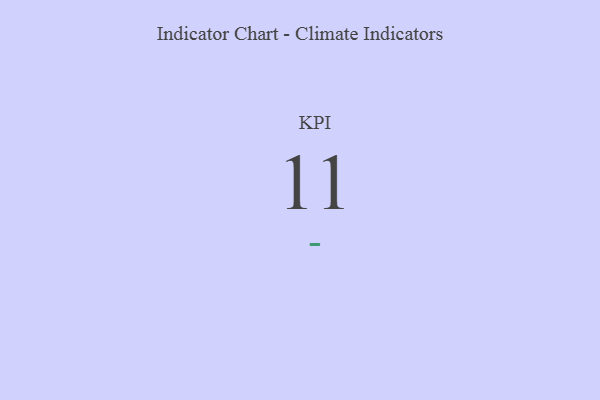
{"axis": {"x": "KPI", "y": "Value"}, "legend": [""], "data": [{"x": "KPI", "y": 11, "type": ""}]}